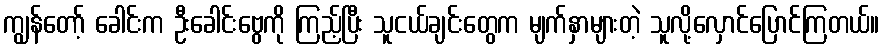
ကျွန်တော့် ခေါင်းက ဦးခေါင်းဗွေကို ကြည့်ပြီး သူငယ်ချင်းတွေက မျက်နှာများတဲ့ သူလို့လှောင်ပြောင်ကြတယ်။